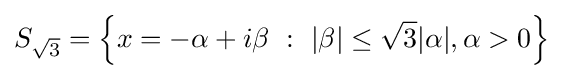
S_{\sqrt {3}}=\left\{x=-\alpha +i\beta \ :\ |\beta |\leq {\sqrt {3}}|\alpha |,\alpha >0\right\}